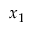
x _ { 1 }